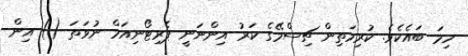
ހިމަ ބައެކެވެ. ކުރިމަތިން ޗިސްމޭގެ ކަރު އިންނަނީ ޕެރިޓޯނިއަމް ނުވަތަ () އިން